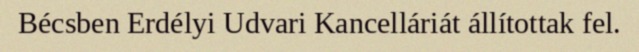
Bécsben Erdélyi Udvari Kancelláriát állítottak fel.